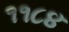
૧૧૮૪